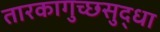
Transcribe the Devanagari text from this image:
तारकागुच्छसुद्धा